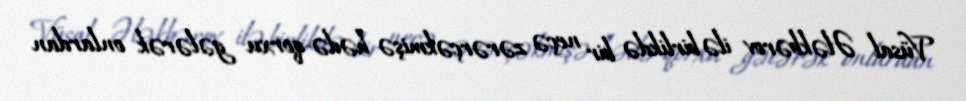
Vüsal Ələkbərov ilə birlikdə bir neçə zərərçəkmişə hədə-qorxu gələrək onlardan